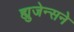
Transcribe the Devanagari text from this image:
ह्युजेन्सने